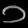
Digit: ၁